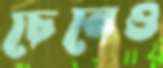
চেনেও